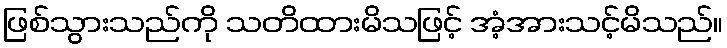
ဖြစ်သွားသည်ကို သတိထားမိသဖြင့် အံ့အားသင့်မိသည်။